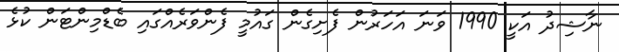
ނާޝިދު އަކީ 1990 ވަނަ އަހަރުން ފެށިގެން ގައުމީ ފެންވަރެއްގައި ބެޑްމިންޓަން ކުޅެ